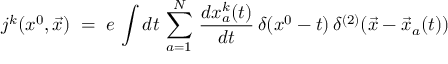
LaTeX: j ^ { k } ( x ^ { 0 } , { \vec { x } } ) \; = \; e \, \int d t \, \sum _ { a = 1 } ^ { N } \, \frac { d x _ { a } ^ { k } ( t ) } { d t } \, \delta ( x ^ { 0 } - t ) \, \delta ^ { ( 2 ) } ( { \vec { x } } - { \vec { x } } _ { a } ( t ) )